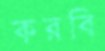
করবি